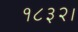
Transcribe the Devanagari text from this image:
१८३२।